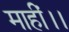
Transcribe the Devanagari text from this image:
माहीं।।